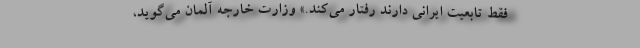
فقط تابعیت ایرانی دارند رفتار می‌کند.» وزارت خارجه آلمان می‌گوید،